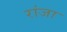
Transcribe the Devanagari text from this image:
रांजा